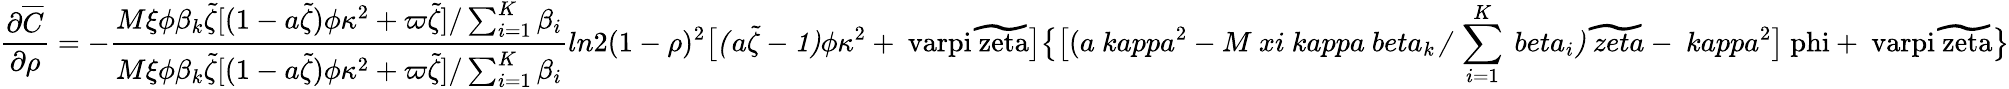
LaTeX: \frac{\partial\overline{{C}}}{\partial\rho}=-\frac{M\xi\phi\beta_{k}\widetilde{\zeta}[(1-a\widetilde{\zeta})\phi\kappa^{2}+\varpi\widetilde{\zeta}]/\sum_{i=1}^{K}\beta_{i}}{M\xi\phi\beta_{k}\widetilde{\zeta}[(1-a\widetilde{\zeta})\phi\kappa^{2}+\varpi\widetilde{\zeta}]/\sum_{i=1}^{K}\beta_{i}}{ln2(1-\rho)^{2}\mit\big[(a\widetilde{\zeta}-1)\phi\kappa\mathrm{^2+\ varpi\widetilde{\ zeta}\big]\big\{ \big[(\mit a\ kappa\mathrm{^2-\mit M\ xi\ kappa\ beta_{k}/\sum_{i\mathrm{=1}}\mit^{K}\ beta_{i})\widetilde{\ zeta}-\ kappa\mathrm{^2\big]\ phi+\ varpi\widetilde{\ zeta}\big\} }}}}